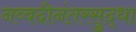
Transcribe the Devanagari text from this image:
नव्वदीनंतरसुद्धा